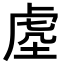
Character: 𭎭